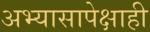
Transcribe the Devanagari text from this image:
अभ्यासापेक्षाही